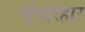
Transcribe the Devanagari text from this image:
श्रृंगारहार